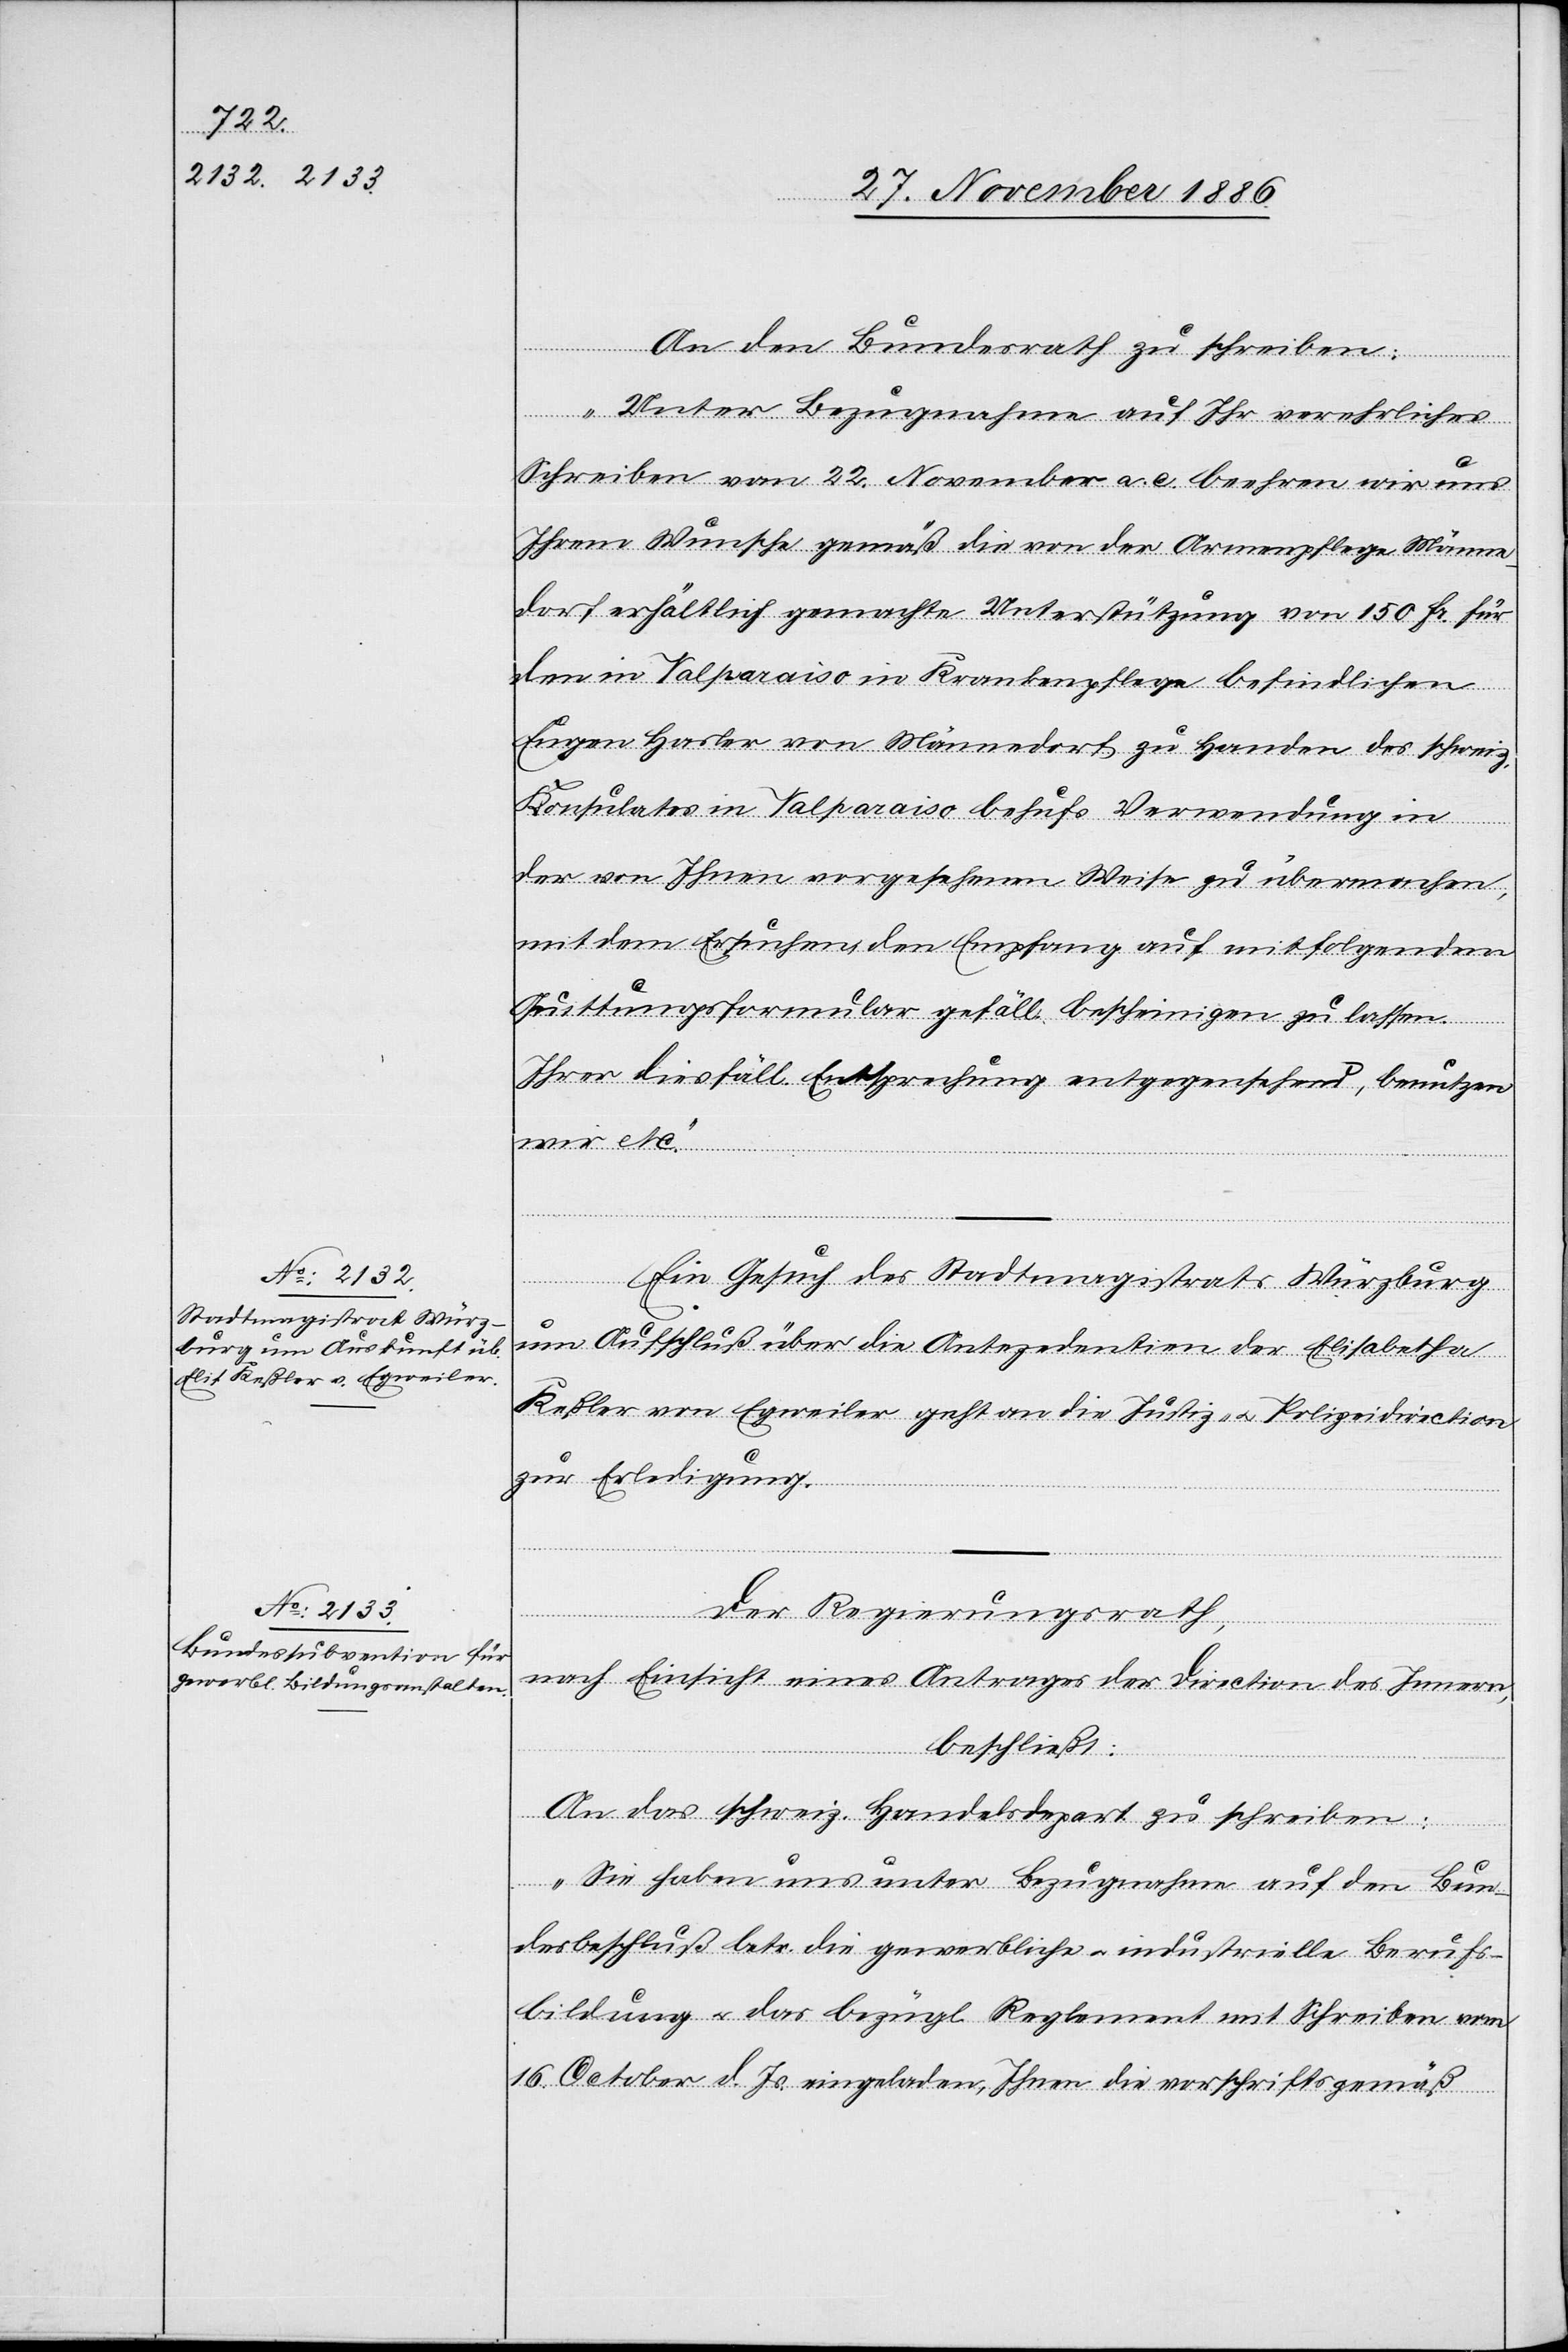
30. November 1886.]
An den Bundesrath zu schreiben:
„Unter Bezugnahme auf Ihr verehrliches
Schreiben vom 22. November a. c. beehren wir uns
Ihrem Wunsche gemäß die von der Armenpflege Männe¬
dorf erhältlich gemachte Unterstützung von 150 Fr. für
den in Valparaiso in Krankenpflege befindlichen
Eugen Hasler von Männedorf zu Handen des schweiz.
Konsulates in Valparaiso behufs Verwendung in
der von Ihnen vorgesehenen Weise zu überwachen,
mit dem Ersuchen, den Empfang auf mitfolgendem
Quittungsformular gefäll. bescheinigen zu lassen.
Ihrer diesfäll. Entsprechung entgegenstehend, benutzen
wir etc.“
Ein Gesuch des Stadtmagistrats Würzburg
um Aufschluß über die Antezedentien der Elisabetha
Keßler von Egweiler geht an die Justiz- & Polizeidirection
zur Erledigung.
Der Regierungsrath,
nach Einsicht eines Antrages der Direction des Innern,
beschließt:
An das schweiz. Handelsdepart. zu schreiben:
„Sie haben uns unter Bezugnahme auf den Bun¬
desbeschluß betr. die gewerbliche & industrielle Berufs¬
bildung & das bezügl. Reglement mit Schreiben vom
16. October d. Js. eingeladen, Ihnen die vorschriftsgemäß